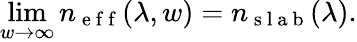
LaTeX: \operatorname*{lim}_{w\to\infty}n_{\mathrm{~e~f~f~}}(\lambda,w)=n_{\mathrm{~s~l~a~b~}}(\lambda).